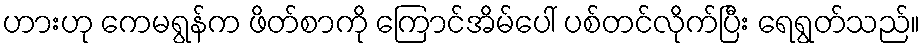
ဟားဟု ကေမရွန်က ဖိတ်စာကို ကြောင်အိမ်ပေါ် ပစ်တင်လိုက်ပြီး ရေရွတ်သည်။